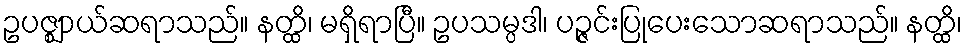
ဥပဇ္ဈာယ်ဆရာသည်။ နတ္ထိ၊ မရှိရာပြီ။ ဥပသမ္ပဒါ၊ ပဉ္ဇင်းပြုပေးသောဆရာသည်။ နတ္ထိ၊